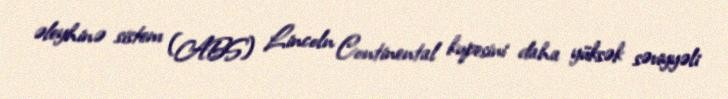
əleyhinə sistem (ABS) Lincoln Continental kupesini daha yüksək səviyyəli